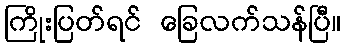
ကြိုးပြတ်ရင် ခြေလက်သန်ပြီ။